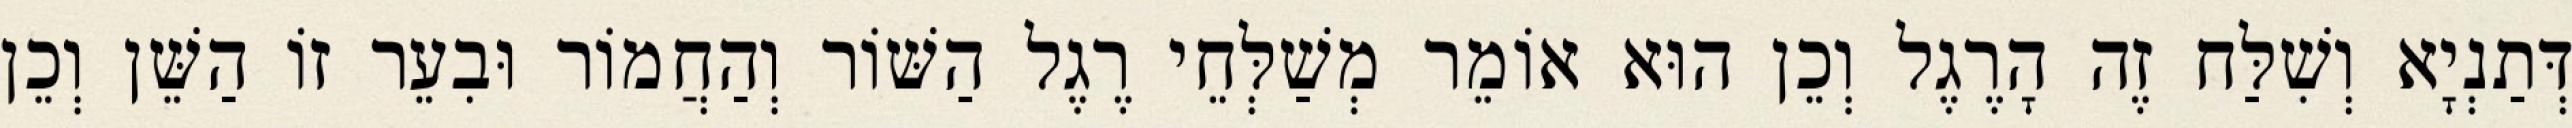
דְּתַנְיָא וְשִׁלַּח זֶה הָרֶגֶל וְכֵן הוּא אוֹמֵר מְשַׁלְּחֵי רֶגֶל הַשּׁוֹר וְהַחֲמוֹר וּבִעֵר זוֹ הַשֵּׁן וְכֵן